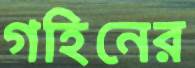
গহিনের